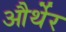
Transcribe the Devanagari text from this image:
और्थेर